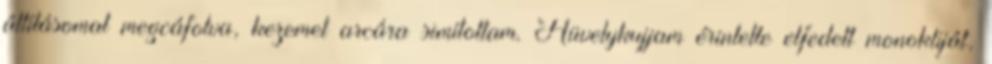
állításomat megcáfolva, kezemet arcára simítottam. Hüvelykujjam érintette elfedett monokliját,